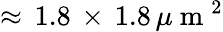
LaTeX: \approx\, 1.8\, \times\, 1.8\, \mu\mathrm{~m~}^{2}